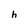
Character: h